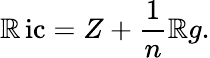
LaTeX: \operatorname{\mathbb{R}ic}=Z+{\frac{{1}}{{n}}}\mathbb{R}g.